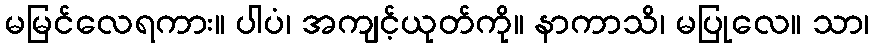
မမြင်လေရကား။ ပါပံ၊ အကျင့်ယုတ်ကို။ နာကာသိ၊ မပြုလေ။ သာ၊